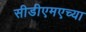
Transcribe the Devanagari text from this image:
सीडीएमएच्या